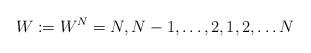
LaTeX: \begin{align*}W := W^N = N, N-1, \dots, 2, 1, 2, \dots N\end{align*}